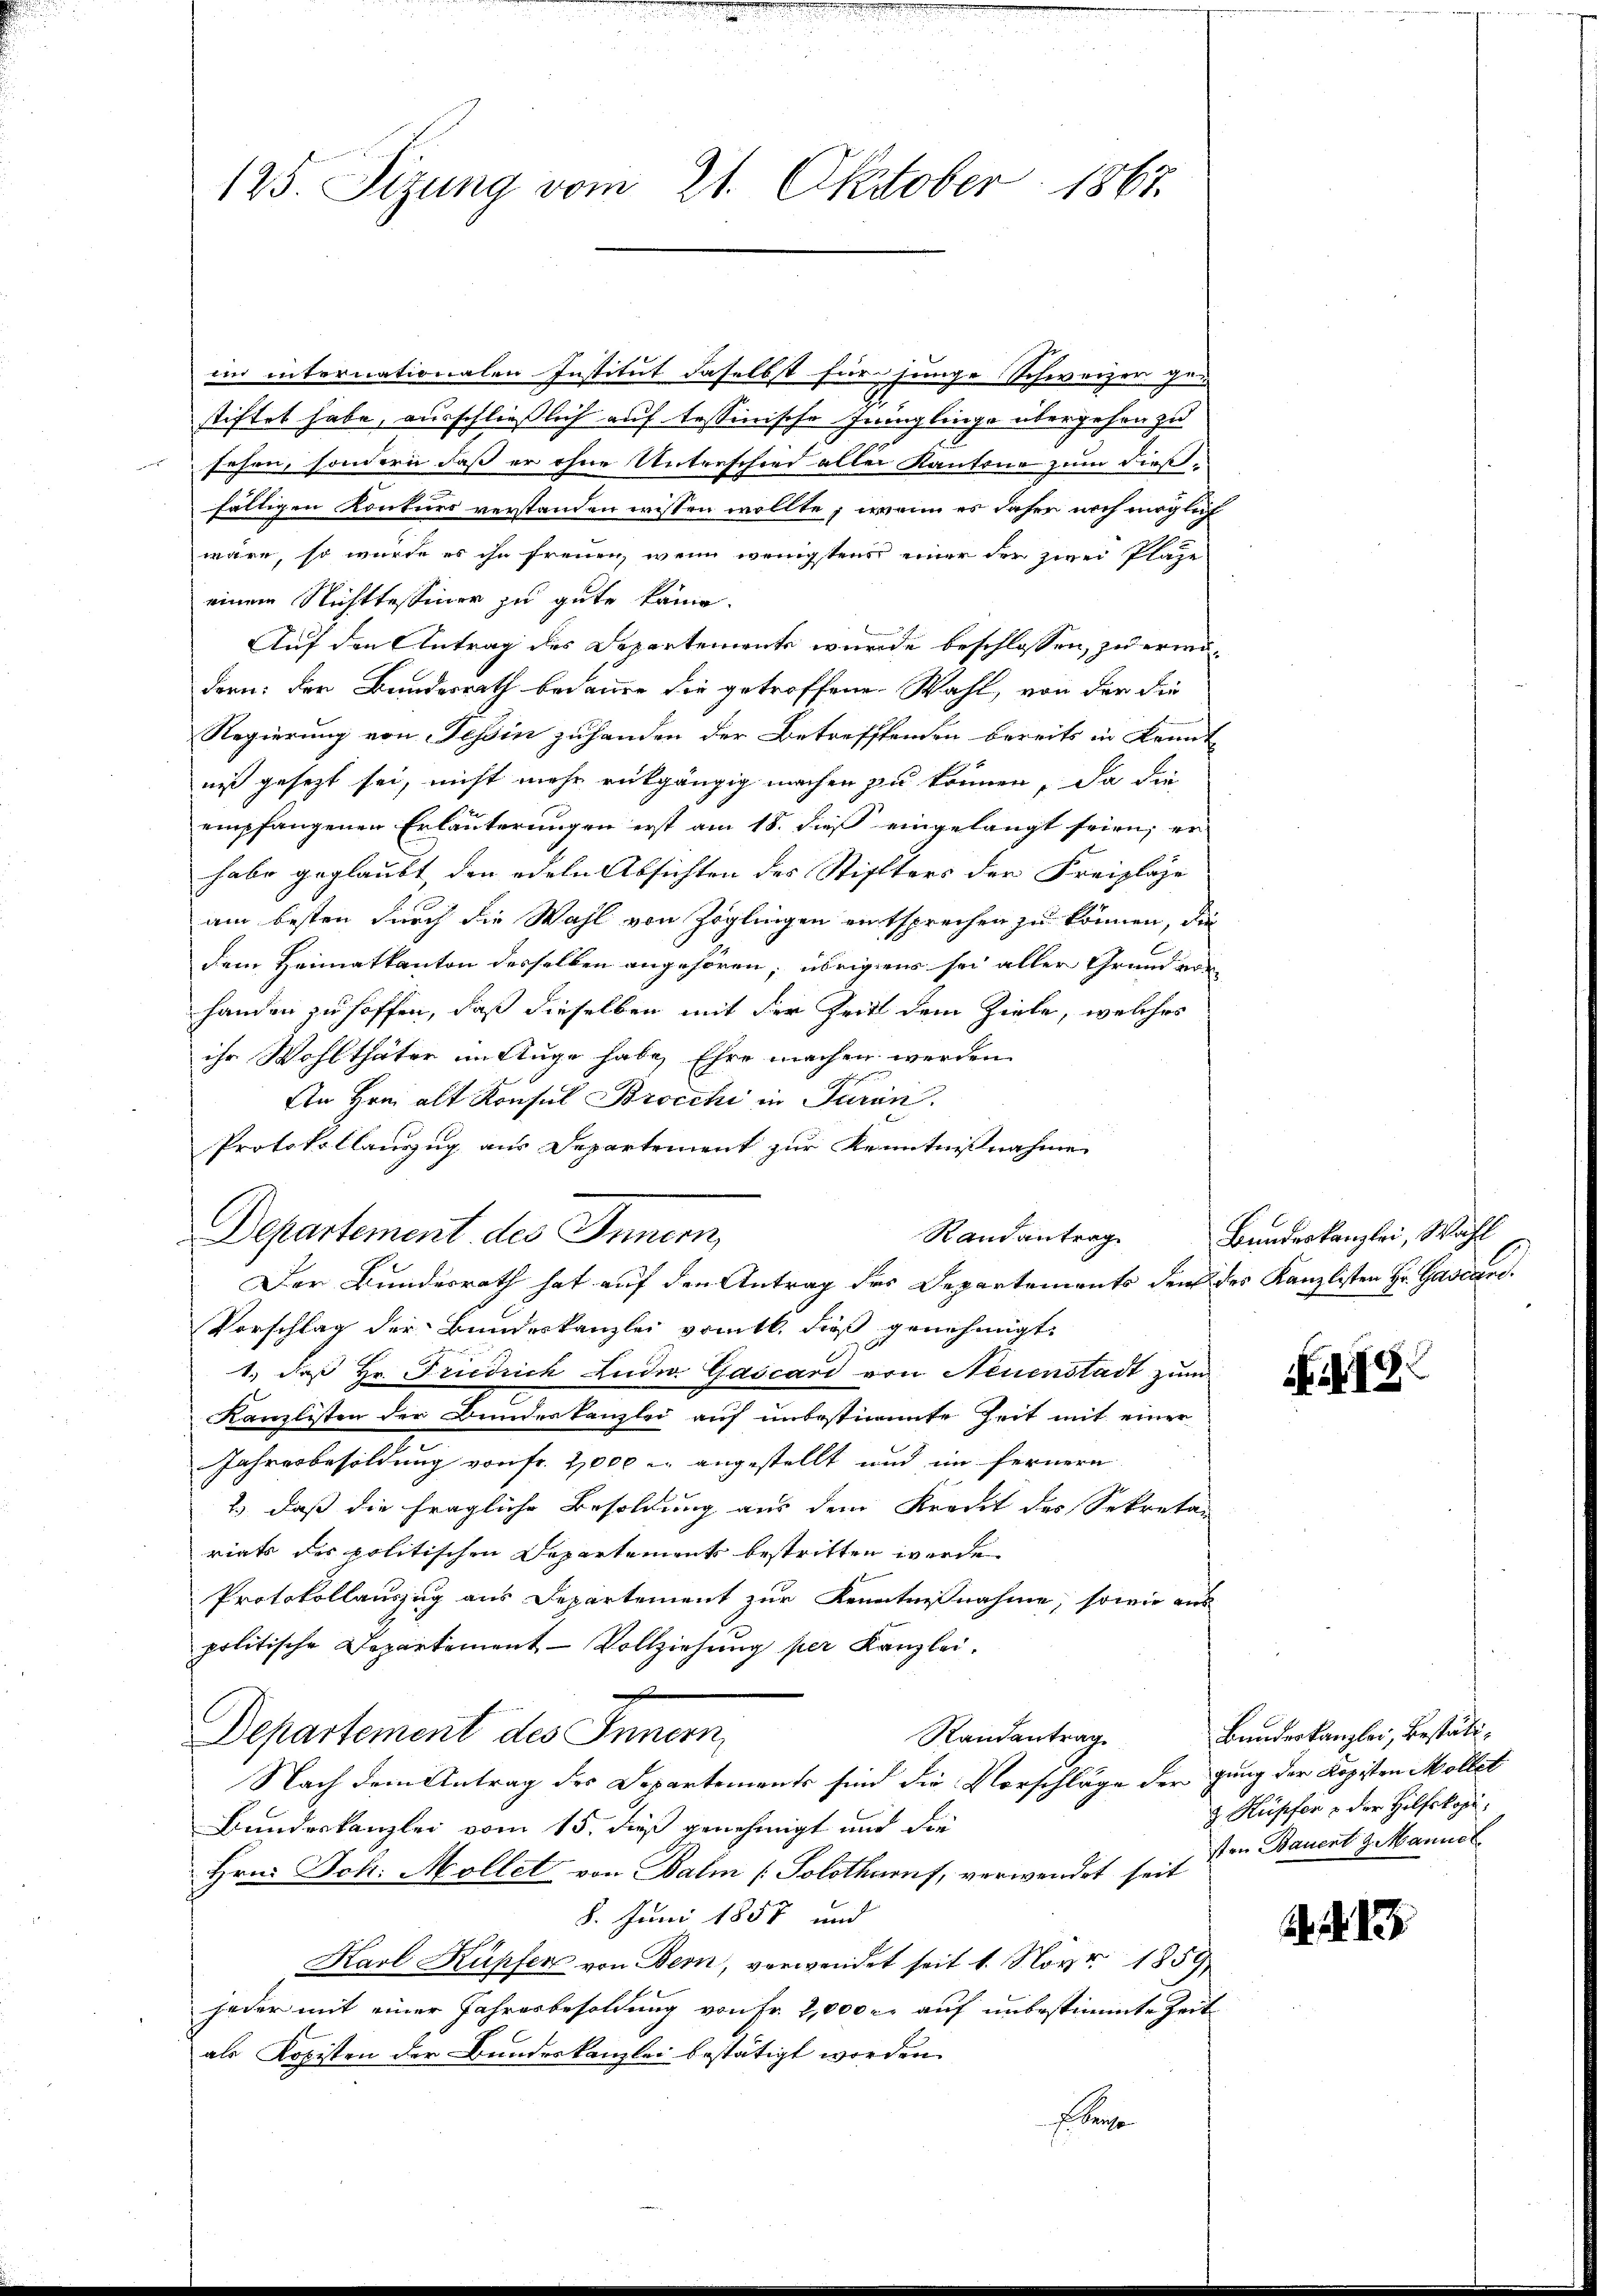
125. Sizung vom 21. Oktober 1867.

im internationalen Institut daselbst für junge Schweizer ge-
stiftet habe, ausschließlich auf tessinische Ininglinge übergehen zu
sehen, sondern daß er ohne Unterschied aller Kantone zum dießfälligen Konkurs verstanden wissen wollte, wenn es daher noch möglich
wäre, so würde es ihn freuen, wenn wenigstens einer der zwei Plaze
einem Nichttessiner zu gute käme.
Auf den Antrag des Departemente wurde beschlossen, zu erwä-
dern: der Bundesrath bedaure die getroffene Wahl, von der die
Regierung von Tessin zuhanden der Betreffenden bereits in kannt
niß gesetzt sei, nicht mehr rückgängig machen zu können, da die
empfangenen Erläuterungen erst am 18. dieß eingelangt seien; er
habe geglaubt, den edeln Absichten des Stiffters der Freizlage
am besten durch die Wahl von Zöglingen entsprechen zu können, die
dem Heimatkanton desselben angehören; übrigens sei aller Grund vor
handen zu hoffen, daß dieselben mit der Zeit dem Ziele, welches
ihr Wohlthäter im Auge habe, Ehre machen werden
An Hrn. alt Konsul Brocchi in Paren.
Protokollauszug aus Departement zur Kenntnißnahme
Randantrag
Departement des Innern,
Der Bundesrath hat auf den Antrag des Departements den des Kanzlisten Hr. Gascand.
Vorschlag der Bundeskanzlei vom 16. dieß genehmigt.
1., daß Hr. Friedrich Luder Gascard von Neuenstadt zum
Kanzlisten der Bundeskanzlei auf unbestimmte Zeit mit einer
Jahresbesoldung von fr. 2000 l. angestellt und im fernern
2.) Daß die fragliche Besoldung aus dem Kredit des Sekretär
riats des politischen Departements bestritten werde.
Protokollauszug aus Departement zur Kenntnißnahme, sowie aus
politische Departement - Vollziehung per Kanzlei.
Departement des Innern,
Randantrag
Nach dem Antrag des Departements sind die Vorschläge der gung der Kopisten Möllet
Bundeskanzlei vom 15. dieß genehmigt und die
Hrn. Joh. Möllet von Balm [Solothurn, verwendet seit
8. Juni 1857 und
Karl Küpfer von Bern, verwendet seit 1. Nov. 1859
jeder mit einer Jahresbesoldung von Fr. 2,000 r. auf unbestimmte Zeit
als Kopisten der Bundeskanzlei bestätigt worden.
 Sache

Bundeskanzlei, Wahl

18

Bundeskanzlei, bestäti¬
 Kupfer & der Hilfskopisten Bauent J. Mannet.

.. 13